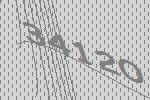
34120